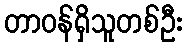
တာဝန်ရှိသူတစ်ဦး